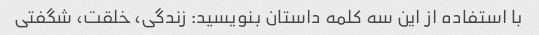
با استفاده از این سه کلمه داستان بنویسید: زندگی، خلقت، شگفتی